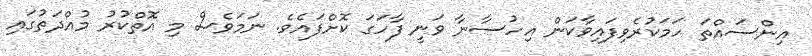
އިންސައްތަ ހަމަކުރެވިފައިވާކަން އިހުސާނާ ވަނީ ފާހަގަ ކޮށްފައެވެ. ނަމަވެސް މި އޮތްކުރު މުއްދަތުގައި